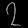
Digit: ၇